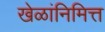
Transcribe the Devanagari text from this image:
खेळांनिमित्त